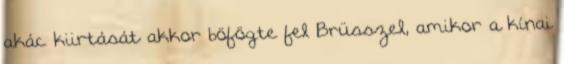
akác kiirtását akkor böfögte fel Brüsszel, amikor a kínai